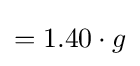
=1.40\cdot g